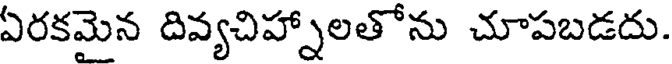
ఏరకమైన దివ్యచిహ్నాలతోను చూపబడదు.